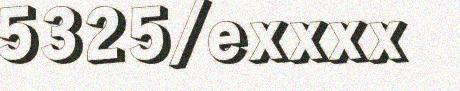
5325/exxxx